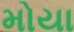
મોયા